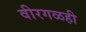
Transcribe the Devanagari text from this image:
वीरगळही